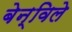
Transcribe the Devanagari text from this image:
बेन्विले